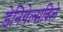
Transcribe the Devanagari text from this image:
डेनियेल्सविले